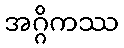
အဂ္ဂိကဿ